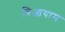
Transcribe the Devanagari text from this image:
त्रिआयाम